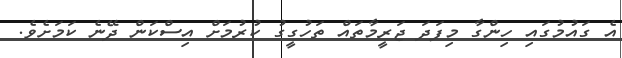
އެ ގައުމުގައި ހިންގާ މިފަދަ ޖަރީމާތައް ތަހުގީގު ކުރުމަށް އިސްކަން ދޭނެ ކަމަށެވެ.